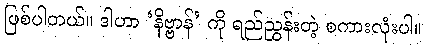
ဖြစ်ပါတယ်။ ဒါဟာ ‘နိဗ္ဗာန်’ ကို ရည်ညွှန်းတဲ့ စကားလုံးပါ။